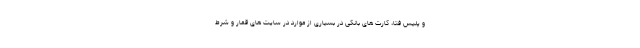
و پلیس فتا، کارت های بانکی در بسیاری از موارد در سایت های قمار و شرط